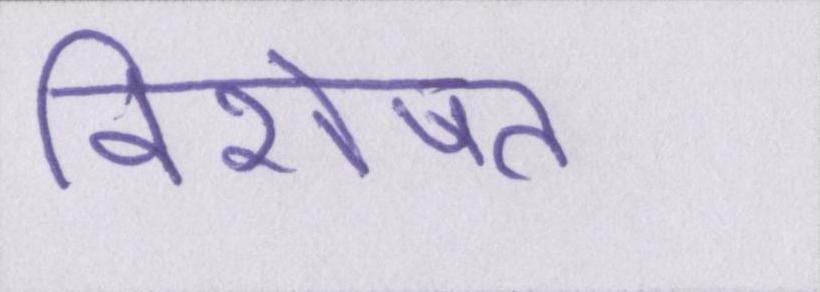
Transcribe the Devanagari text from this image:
विशेषत